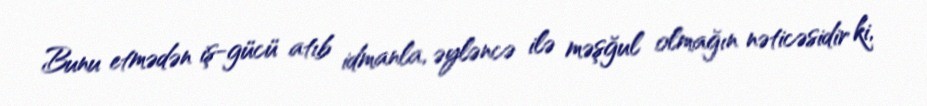
Bunu etmədən iş-gücü atıb idmanla, əyləncə ilə məşğul olmağın nəticəsidir ki,